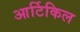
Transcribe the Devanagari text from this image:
आर्टिकिल